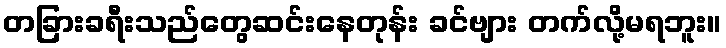
တခြားခရီးသည်တွေဆင်းနေတုန်း ခင်ဗျား တက်လို့မရဘူး။